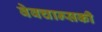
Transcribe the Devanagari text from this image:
वेवचान्सकी